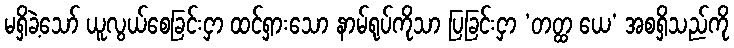
မရှိခဲ့သော် ယူလွယ်စေခြင်းငှာ ထင်ရှားသော နာမ်ရုပ်ကိုသာ ပြခြင်းငှာ ‘တတ္ထ ယေ’ အစရှိသည်ကို